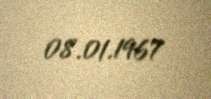
08.01.1967